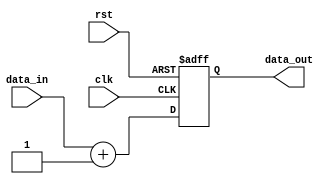
module task_module (
    input wire clk,
    input wire rst,
    input wire [7:0] data_in,
    output reg [7:0] data_out
);

// Internal registers/variables
reg [7:0] internal_data;

always @(posedge clk or posedge rst) begin
    if (rst) begin
        internal_data <= 8'b0;
    end else begin
        internal_data <= data_in + 1;
    end
end

assign data_out = internal_data;

endmodule